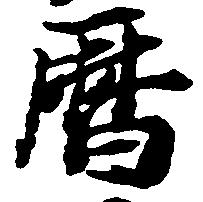
暦